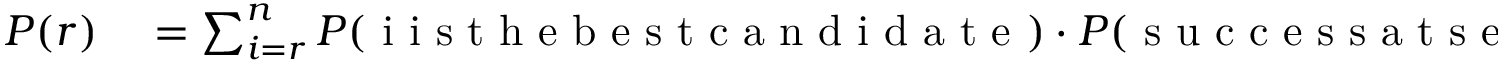
\begin{array} { r l } { P ( r ) } & { { } = \sum _ { i = r } ^ { n } P ( \mathrm { ~ i ~ i ~ s ~ t ~ h ~ e ~ b ~ e ~ s ~ t ~ c ~ a ~ n ~ d ~ i ~ d ~ a ~ t ~ e ~ } ) \cdot P ( \mathrm { ~ s ~ u ~ c ~ c ~ e ~ s ~ s ~ a ~ t ~ s ~ e ~ l ~ e ~ c ~ t ~ i ~ n ~ g ~ i ~ } | \mathrm { ~ i ~ i ~ s ~ t ~ h ~ e ~ b ~ e ~ s ~ t ~ c ~ a ~ n ~ d ~ i ~ d ~ a ~ t ~ e ~ } ) } \end{array}